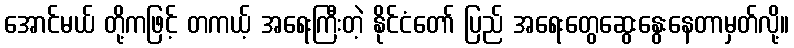
အောင်မယ် တို့ကဖြင့် တကယ့် အရေးကြီးတဲ့ နိုင်ငံတော် ပြည် အရေးတွေဆွေးနွေးနေတာမှတ်လို့။